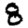
Digit: 8